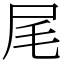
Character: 尾